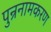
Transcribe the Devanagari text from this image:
पुन्रनामकरण